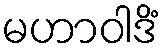
မဟာဝါဒိံ